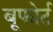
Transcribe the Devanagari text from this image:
बूफोर्ट